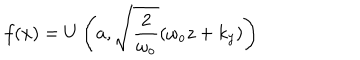
f ( x ) = U \left( a , \sqrt { \frac { 2 } { \omega _ { o } } } ( \omega _ { o } z + k _ { y } ) \right)